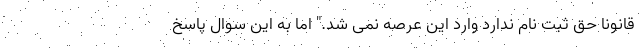
قانونا حق ثبت نام ندارد وارد این عرصه نمی شد." اما به این سوال پاسخ